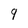
Character: 9